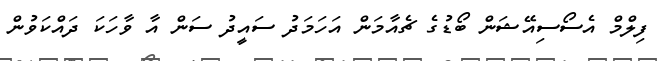
ފިލްމް އެސޯސިއޭޝަން ބޯޑުގެ ޗެއާމަން އަހަމަދު ސައީދު ސަން އާ ވާހަކަ ދައްކަވުން